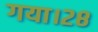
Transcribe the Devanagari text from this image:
गया।२८